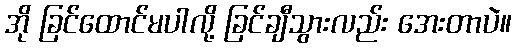
အို ခြင်ထောင်မပါလို့ ခြင်ချီသွားလည်း အေးတာပဲ။